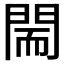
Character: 𨴎